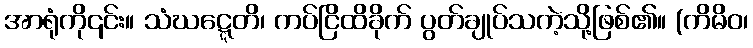
အာရုံကို၎င်း။ သံဃဋ္ဋေတိ၊ ကပ်ငြိထိခိုက် ပွတ်ချုပ်သကဲ့သို့ဖြစ်၏။ (ကိမိဝ၊